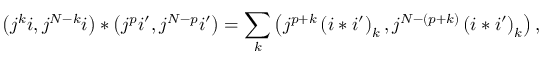
\left( j ^ { k } i , j ^ { N - k } i \right) \ast \left( j ^ { p } i ^ { \prime } , j ^ { N - p } i ^ { \prime } \right) = \sum _ { k } \left( j ^ { p + k } \left( i \ast i ^ { \prime } \right) _ { k } , j ^ { N - \left( p + k \right) } \left( i \ast i ^ { \prime } \right) _ { k } \right) ,